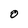
Character: o